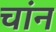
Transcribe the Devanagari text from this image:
चांन